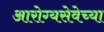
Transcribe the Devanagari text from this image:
आरोग्यसेवेच्या